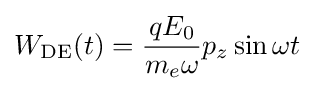
W_{\mathrm {DE} }(t)={\frac {qE_{0}}{m_{e}\omega }}p_{z}\sin \omega t